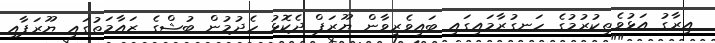
އިރާގު އަޅުވެތިކުރުމުގެ ހަނގުރާމައިގައި ބައިވެރިވާން ޔޫރަޕް ދެކޮޅު ހެދުމުން ބުޝްގެ ޒައާމަތުގައި ޔޫރަޕާއި